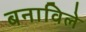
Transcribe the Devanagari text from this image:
बनाविले